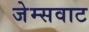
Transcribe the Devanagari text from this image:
जेम्सवाट